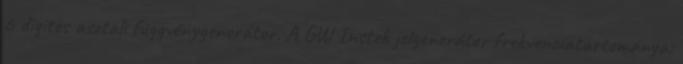
6 digites asztali függvénygenerátor. A GW Instek jelgenerátor frekvenciatartománya: